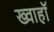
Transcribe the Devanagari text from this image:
ख्वाहाॅ